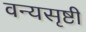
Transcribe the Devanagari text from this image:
वन्यसृष्टी